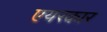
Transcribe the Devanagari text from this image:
एयरकार